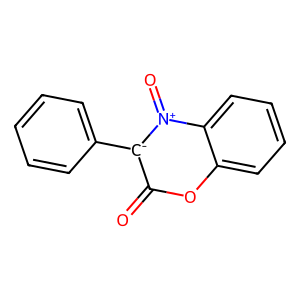
SMILES: O=c1oc2ccccc2[n+](=O)[c-]1-c1ccccc1
Inhibits HIV replication: No